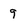
Character: 9